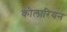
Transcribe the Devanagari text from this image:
कोलारियन